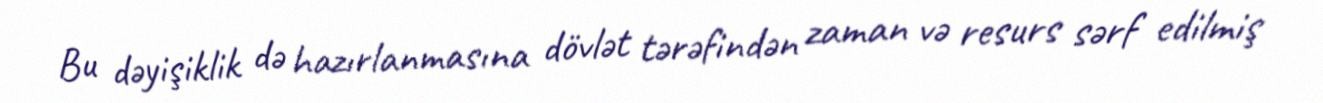
Bu dəyişiklik də hazırlanmasına dövlət tərəfindən zaman və resurs sərf edilmiş